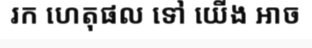
រក ហេតុផល ទៅ យើង អាច